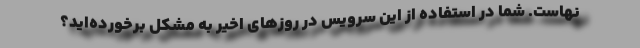
نهاست. شما در استفاده از این سرویس در روزهای اخیر به مشکل برخورده‌اید؟